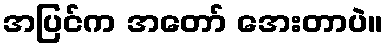
အပြင်က အတော် အေးတာပဲ။